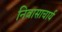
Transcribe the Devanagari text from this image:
निवासाचार्य